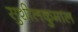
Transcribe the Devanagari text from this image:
सुशीलकुमाल